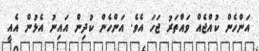
އަންހެން ކުއްޖެއް ވައްތަރު ޖަހަ އެވެ. އަންހެން ކުދިން އައިނު އެޅުން އެއީ